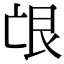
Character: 𦫋